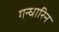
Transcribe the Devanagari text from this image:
गन्धारिन